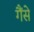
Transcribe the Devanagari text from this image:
गैंसे